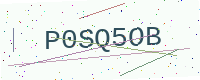
Text: P0SQ5OB